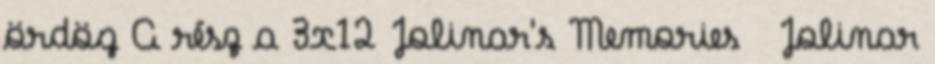
ördög A rész a 3x12 Jolinar's Memories Jolinar